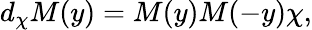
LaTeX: d_{\chi}M(y)=M(y)M(-y)\chi,